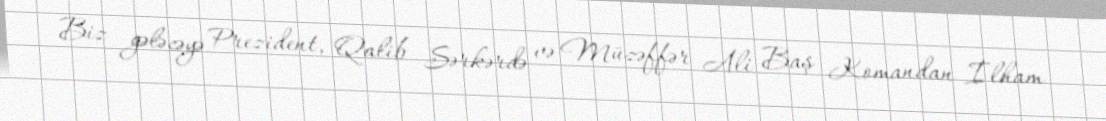
Biz gələcəyə Prezident, Qalib Sərkərdə və Müzəffər Ali Baş Komandan İlham